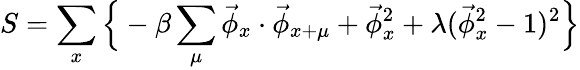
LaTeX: S=\sum_{x}\Big\{ -\beta\sum_{\mu}\vec{\phi}_{x}\cdot\vec{\phi}_{x+\mu}+\vec{\phi}_{x}^{2}+\lambda(\vec{\phi}_{x}^{2}-1)^{2}\Big\}